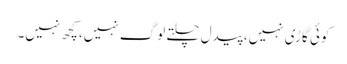
کوئی گاڑی نہیں، پیدل چلتے لوگ نہیں، کچھ نہیں۔